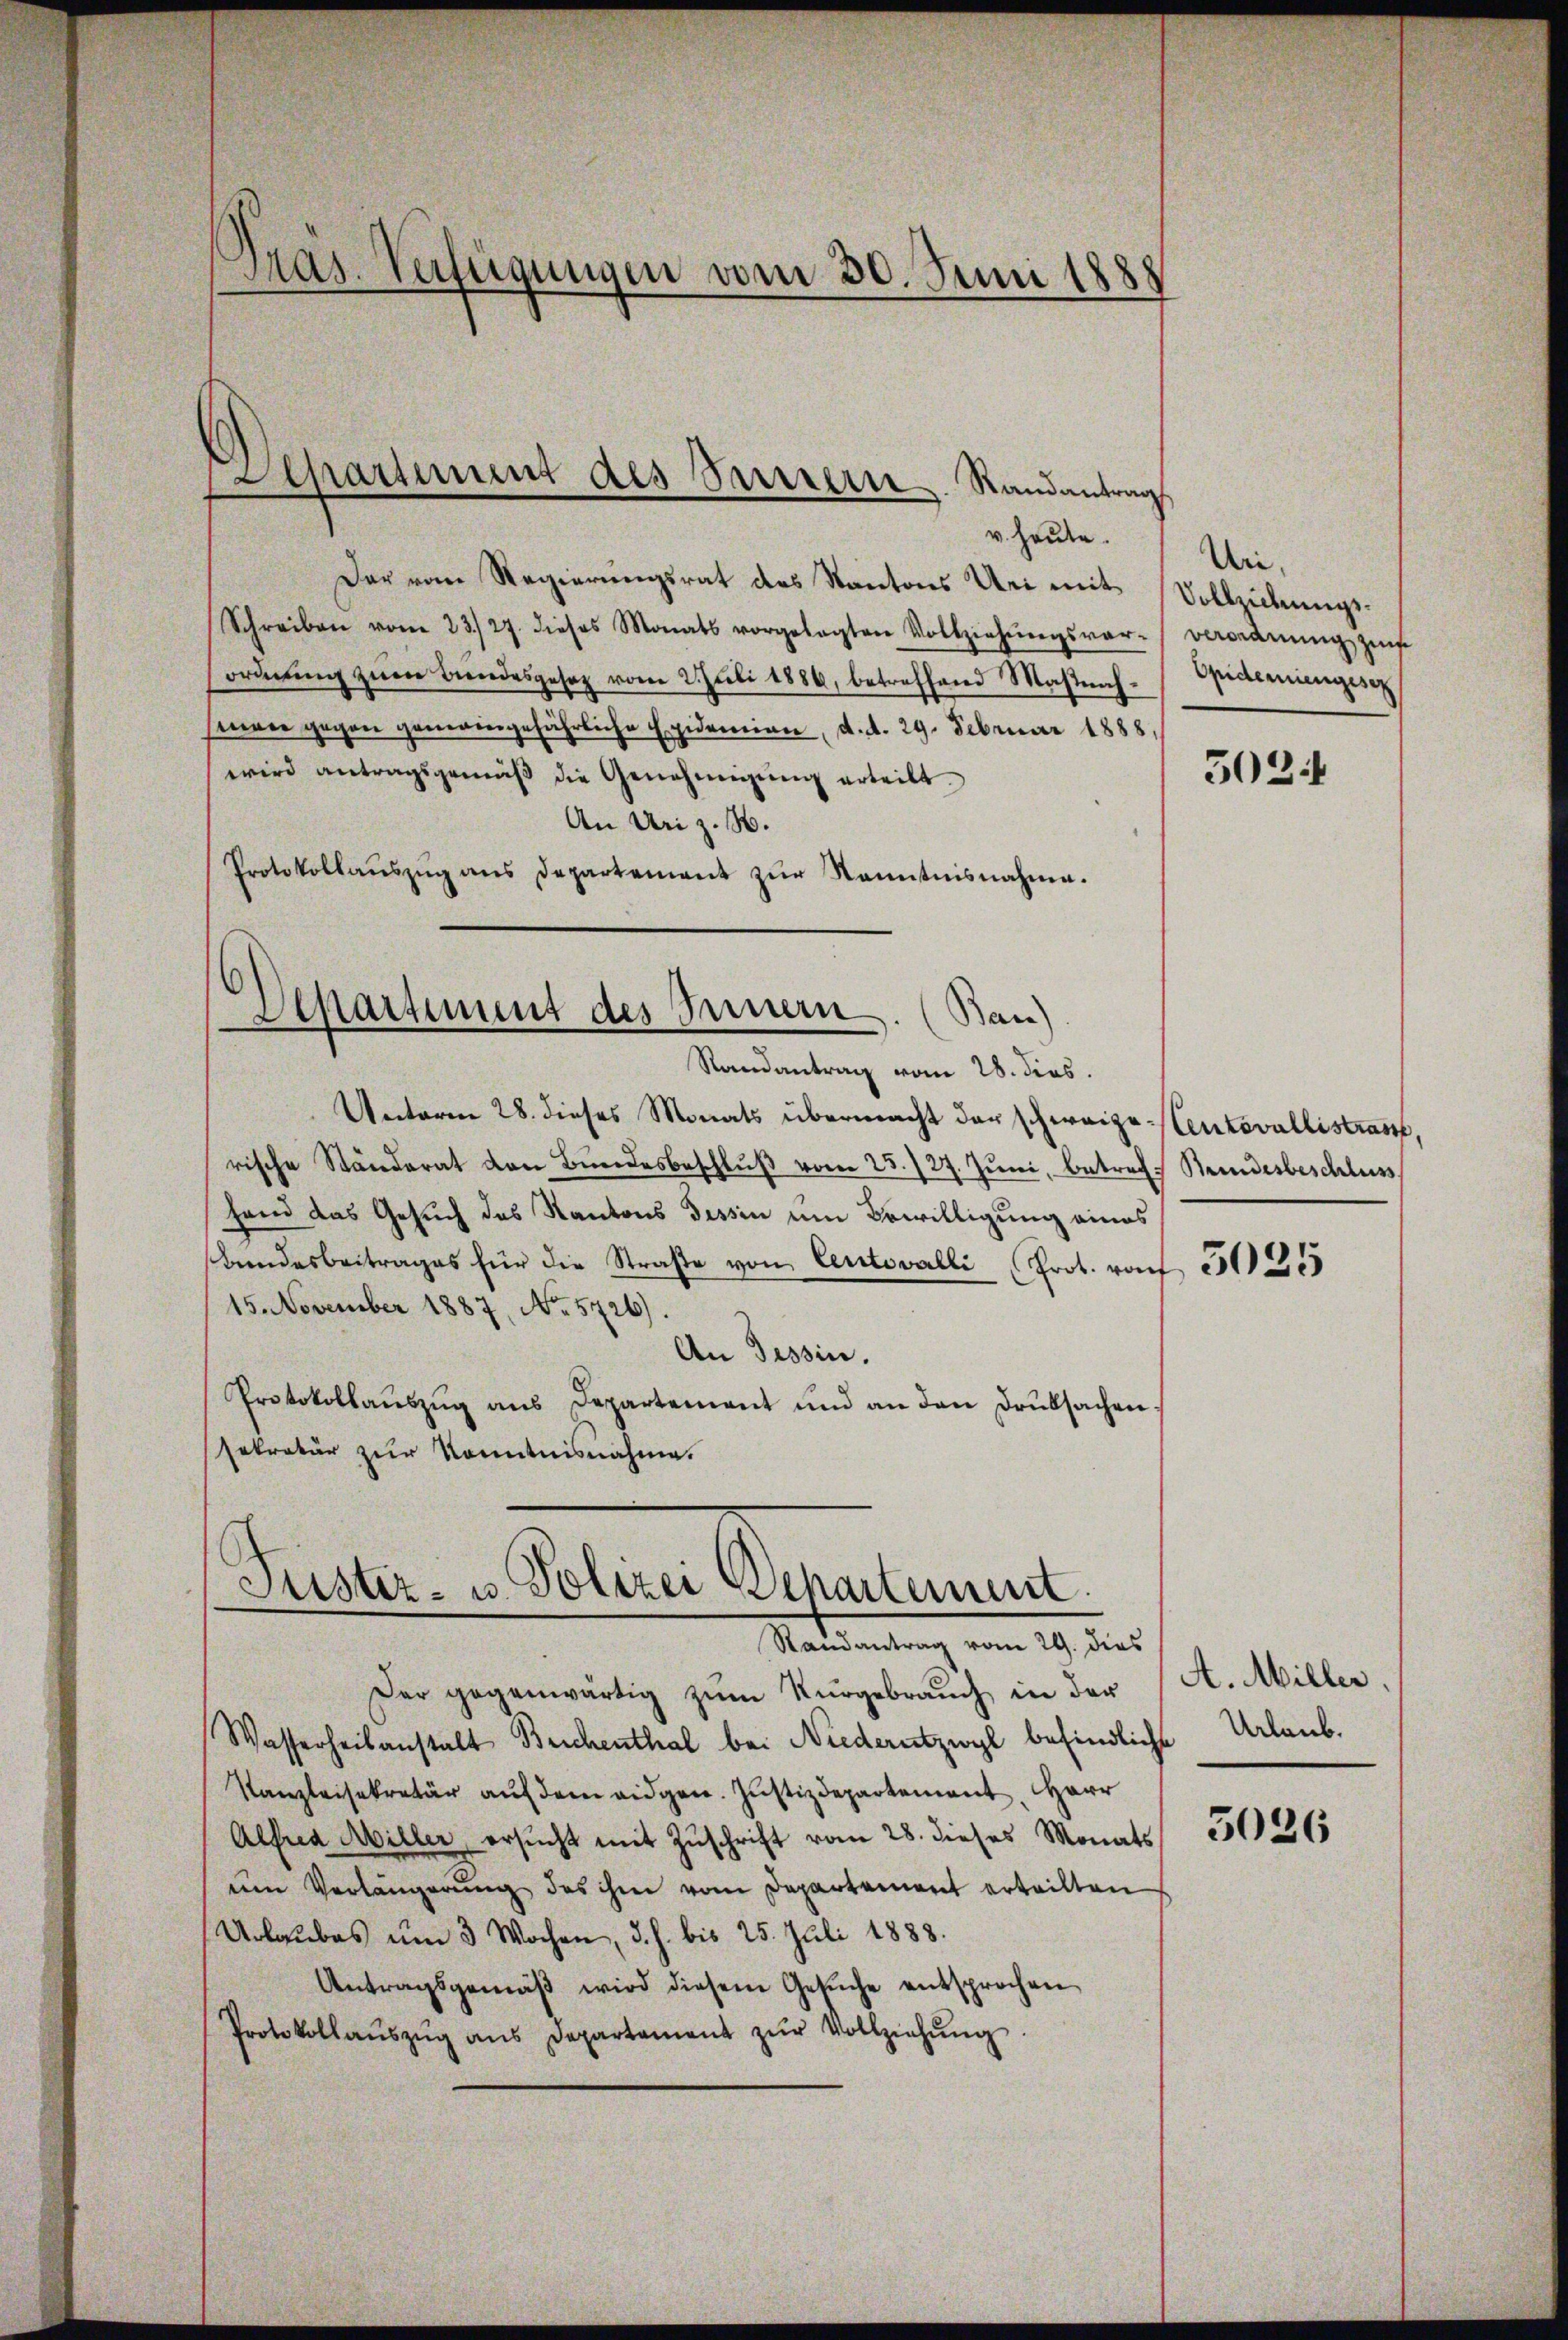
Dras-Verfügungen vom 30. Juni 1888

Separtient des Sarrern Randantrag

v. heute.
Der vom Regierungsrat des Kantons Uri mit Vollziehungs¬
Schreiben vom 23./27. dieses Monats vorgelegten Vollziehŭngsvar-Verordnŭng zŭf
ordnŭng zŭm Bŭndesgesetz vom 2. Juli 1886, betreffend Mastnach-
sneren gegen gemeingefährliche Epidemien, d. d. 29. Februar 1888,
wird antragsgemäβ die Genehmigŭng erteilt.
An Uri z. B.
Protokollaŭszŭg ans Departement zŭr Kenntnisnahme.
Separtiment des Innern. (Ban)
Randantrag vom 28. dies.
Unterne 28. dieses Monats übermacht der schweize entovallistrast,
rische Ständerat den Bŭndesbeschlŭβ vom 23./27. Jŭni, betraf. Bundesbeschluss
fend das Gesuch des Kantons Tessin um Bewilligung eines
Bundesbeitrages für die Straβe von Certovalli Prot. rauf 3500355
15. November 1887, No. 5726).
An Tessin.
Protokollaŭszŭg ans Departement und an den Druksachen.
sekretär zur Kenntnisnahme.

Puster- u. Polizei Behartement.
Randantrag vom 29. dies
Der gegenwärtig zum Nurgebrauch in der

Wasserheitanstalt Beichenthal bei Niederutzwyl befindliche
Kanzleisekretär auf dem eidgen. Justizdepartement. Herr
Alfred Miller, ersŭcht mit Zŭschrift vom 28. dieses Monats
um Verlängerŭng des ihm vom Departement erteilten
Urlaubes um 3 Wochen, d. h. bis 25. Juli 1888.
Antragsgemäβ wird diesem Gesŭche entsprochen
Protokollaŭszŭg ans Departament zŭr Vollziehŭng.

Uri,
Epidemiengesez

5024

A. Miller.
Urlaub.

5026